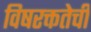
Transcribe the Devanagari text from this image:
विषरक्ततेची